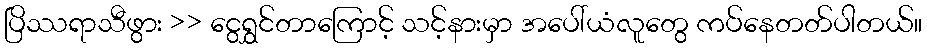
ပြိဿရာသီဖွား >> ငွေရွှင်တာကြောင့် သင့်နားမှာ အပေါ်ယံလူတွေ ကပ်နေတတ်ပါတယ်။